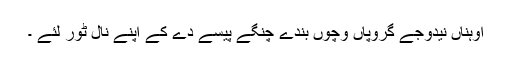
اوہناں نیدوجے گروپاں وچوں بندے چنگے پیسے دے کے اپنے نال ٹور لئے ۔